Indian journal of veterinary science and animal husbandry - Volumes 22-23, 1952-1953
Year: 1952
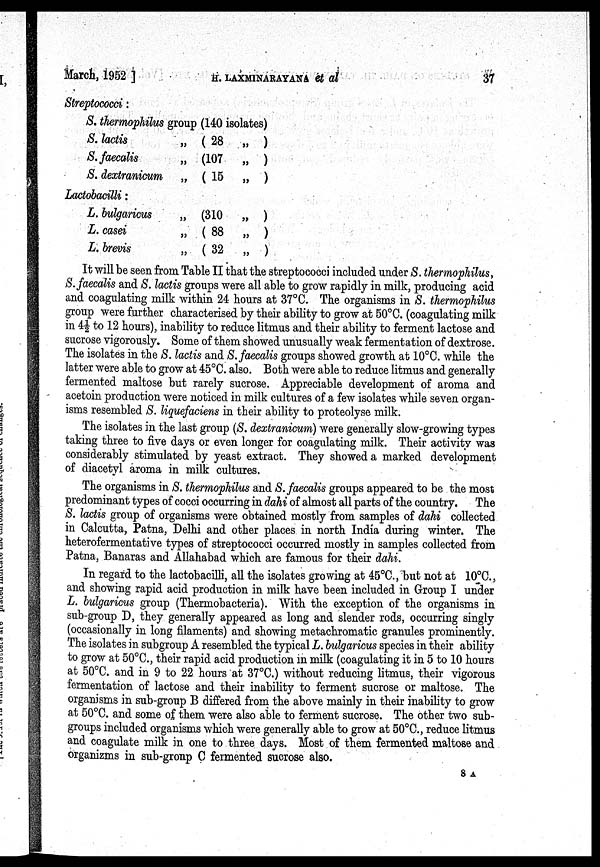
March, 1952 ] H. LAXMINARAYANA et
al
37
Streptococci:
S. thermophilics group (140 isolates)
S. lactis
S. faecalis
S. dextranicum
Lactobacilli:
L. bulgaricus
L. casei
L. brevis
„ (28 „ )
„ (107 „ )
„ (15 „ )
„ (310 „ )
„ (88 „ )
„ (32 „ )
It will be seen from Table II that the streptococci included under S. thermophilus,
S. faecalis and S. lactis groups were all able to grow rapidly in milk, producing acid
and coagulating milk within 24 hours at 37° C. The organisms in S. thermophilics
group were further characterised by their ability to grow at 50°C. (coagulating milk
in 4½ to 12 hours), inability to reduce litmus and their ability to ferment lactose and
sucrose vigorously. Some of them showed unusually weak fermentation of dextrose.
The isolates in the S. lactis and S. faecalis groups showed growth at 10°C. while the
latter were able to grow at 45°C. also. Both were able to reduce litmus and generally
fermented maltose but rarely sucrose. Appreciable development of aroma and
acetoin production were noticed in milk cultures of a few isolates while seven organ-
isms resembled S. liguefaciens in their ability to proteolyse milk.
The isolates in the last group (S. dextranicum) were generally slow-growing types
taking three to five days or even longer for coagulating milk. Their activity was
considerably stimulated by yeast extract. They showed a marked development
of diacetyl aroma in milk cultures.
The organisms in S. thermophilus and S. faecalis groups appeared to be the most
predominant types of cocci occurring in dahi of almost all parts of the country. The
S. lactis group of organisms were obtained mostly from samples of dahi collected
in Calcutta, Patna, Delhi and other places in north India during winter. The
heterofermentative types of streptococci occurred mostly in samples collected from
Patna, Banaras and Allahabad which are famous for their dahi.
In regard to the lactobacilli, all the isolates growing at 45°C., but not at 10°C.,
and showing rapid acid production in milk have been included in Group I under
L. bulgaricus group (Thermobacteria). With the exception of the organisms in
sub-group D, they generally appeared as long and slender rods, occurring singly
(occasionally in long filaments) and showing metachromatic granules prominently.
The isolates in subgroup A resembled the typical L. bulgaricus species in their ability
to grow at 50°C., their rapid acid production in milk (coagulating it in 5 to 10 hours
at 50°C. and in 9 to 22 hours at 37°C.) without reducing litmus, their vigorous
fermentation of lactose and their inability to ferment sucrose or maltose. The
organisms in sub-group B differed from the above mainly in their inability to grow
at 50°C. and some of them were also able to ferment sucrose. The other two sub-
groups included organisms which were generally able to grow at 50°C., reduce litmus
and coagulate milk in one to three days. Most of them fermented maltose and
organizms in sub-gronp C fermented sucrose also.
8 A